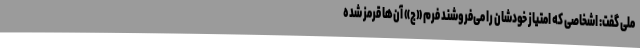
ملی گفت: اشخاصی که امتیاز خودشان را می‌فروشند فرم «ج» آن‌ها قرمز شده